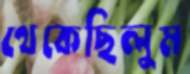
থেকেছিলুম